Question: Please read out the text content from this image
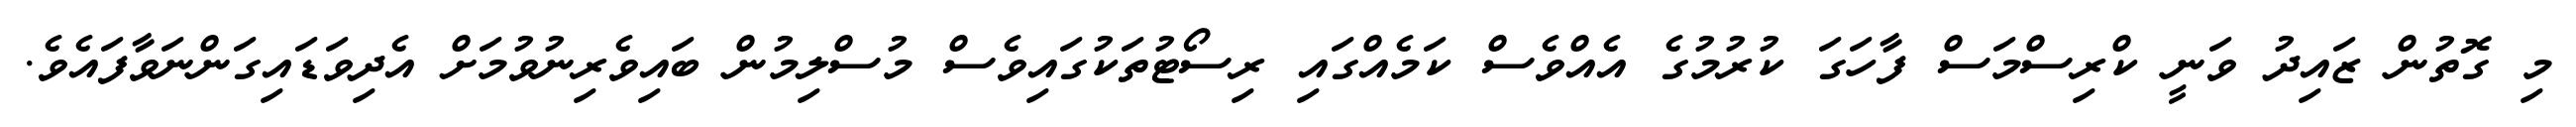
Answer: މި ގޮތުން ޒައިދު ވަނީ ކްރިސްމަސް ފާހަގަ ކުރުމުގެ އެއްވެސް ކަމެއްގައި ރިސޯޓުތަކުގައިވެސް މުސްލިމުން ބައިވެރިނުވުމަށް އެދިވަޑައިގަންނަވާފައެވެ.